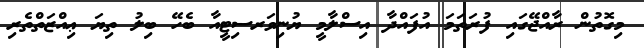
މިގޮތުން ރާއްޖޭގައި ފުރަތަމަ އުފައްދާ އިސްލާމީ ޔުނިވަރސިޓީއާ ބެހޭ ބިލު ތިޔަ ޢިއްޒަތްތެރި